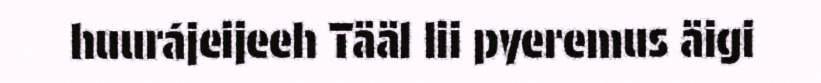
huurájeijeeh Tääl lii pyeremus äigi